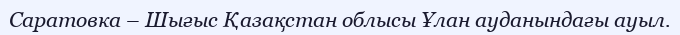
Саратовка – Шығыс Қазақстан облысы Ұлан ауданындағы ауыл.